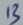
Text: 13